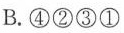
B. ④②③①